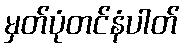
မှတ်ပုံတင်နံပါတ်